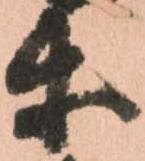
等